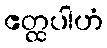
ဧတ္ထပါဟံ